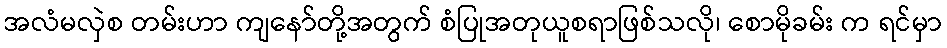
အလံမလှဲစ တမ်းဟာ ကျနော်တို့အတွက် စံပြုအတုယူစရာဖြစ်သလို၊ စောမိုခမ်း က ရင်မှာ